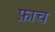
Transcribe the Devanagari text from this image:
फ़ाच